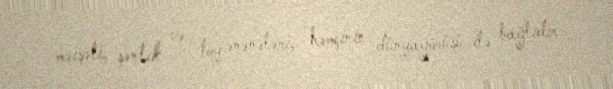
məişəti, şənlik və toy ənənələri, həmçinin dünyagörüşü ilə bağlıdır.